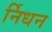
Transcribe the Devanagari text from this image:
र्निधन